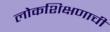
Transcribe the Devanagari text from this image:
लोकशिक्षणाची